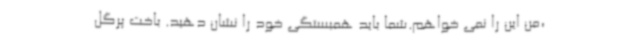
،من این را نمی خواهم.شما باید همبستگی خود را نشان دهید. باخت پرگل